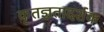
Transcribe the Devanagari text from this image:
कृतज्ञतादर्शक